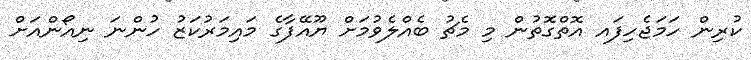
ކުރިން ހަމަޖެހިފައ އޮތްގޮތުން މި މެޗު ބެއްލެވުމަށް ޔޫއޭފާގެ މައިމަރުކަޒު ހުންނަ ނިއޯންއަށް